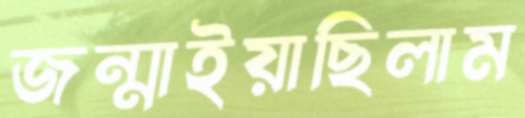
জন্মাইয়াছিলাম